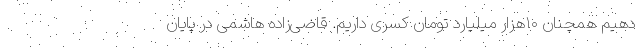
دهیم همچنان ۱۰هزار میلیارد تومان کسری داریم. قاضی‌زاده هاشمی در پایان